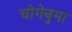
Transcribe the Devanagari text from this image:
चोगेनुमा